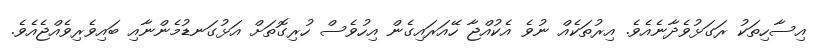
އިސާހިތަކު ރަގަޅުވެދާނެއެވެ. އިރުތަކެއް ނުވެ އެކުއްޖާ ހޭއަރައިގެން އިހުވެސް ހުރިގޮތަށް އަޅުގަނޑުމެންނާއި ބައިވެރިވެއްޖެއެވެ.